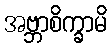
အဗ္ဘာစိက္ခာမိ